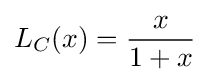
L_{C}(x)={\frac {x}{1+x}}